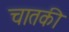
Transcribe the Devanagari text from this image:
चातकी